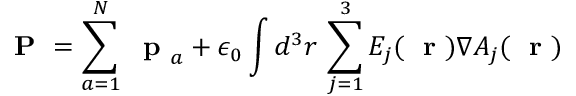
\mathrm { ~ \bf ~ P ~ } = \sum _ { a = 1 } ^ { N } \mathrm { ~ \bf ~ p ~ } _ { a } + \epsilon _ { 0 } \int d ^ { 3 } r \, \sum _ { j = 1 } ^ { 3 } E _ { j } ( \mathrm { ~ \bf ~ r ~ } ) \nabla A _ { j } ( \mathrm { ~ \bf ~ r ~ } )